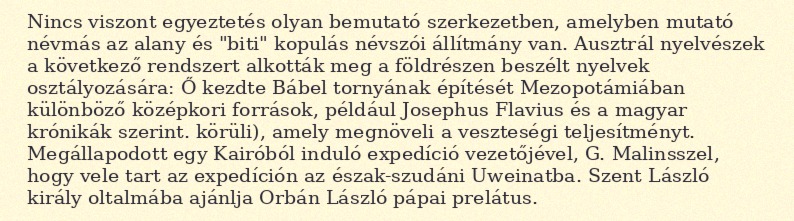
Nincs viszont egyeztetés olyan bemutató szerkezetben, amelyben mutató névmás az alany és "biti" kopulás névszói állítmány van. Ausztrál nyelvészek a következő rendszert alkották meg a földrészen beszélt nyelvek osztályozására: Ő kezdte Bábel tornyának építését Mezopotámiában különböző középkori források, például Josephus Flavius és a magyar krónikák szerint. körüli), amely megnöveli a veszteségi teljesítményt. Megállapodott egy Kairóból induló expedíció vezetőjével, G. Malinsszel, hogy vele tart az expedíción az észak-szudáni Uweinatba. Szent László király oltalmába ajánlja Orbán László pápai prelátus.